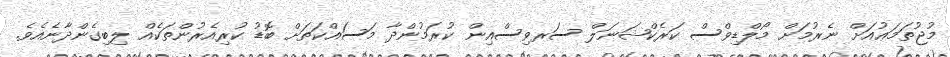
މުޖުތަމަޢުއަށް ނެރުމަށް މޯލްޑިވްސް ކަރެކްޝަނަލް ސަރވިސްއިން ކުރަމުންދާ މަސައްކަތަށް ބޮޑު ކުރިއެރުންތަކެއް ލިބިގެންދާނެއެވެ.